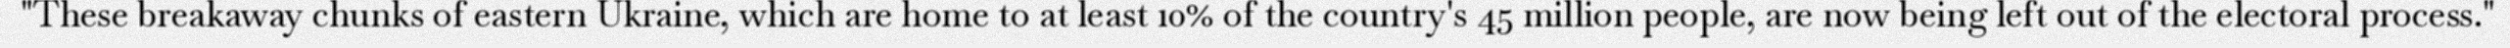
"These breakaway chunks of eastern Ukraine, which are home to at least 10% of the country's 45 million people, are now being left out of the electoral process."